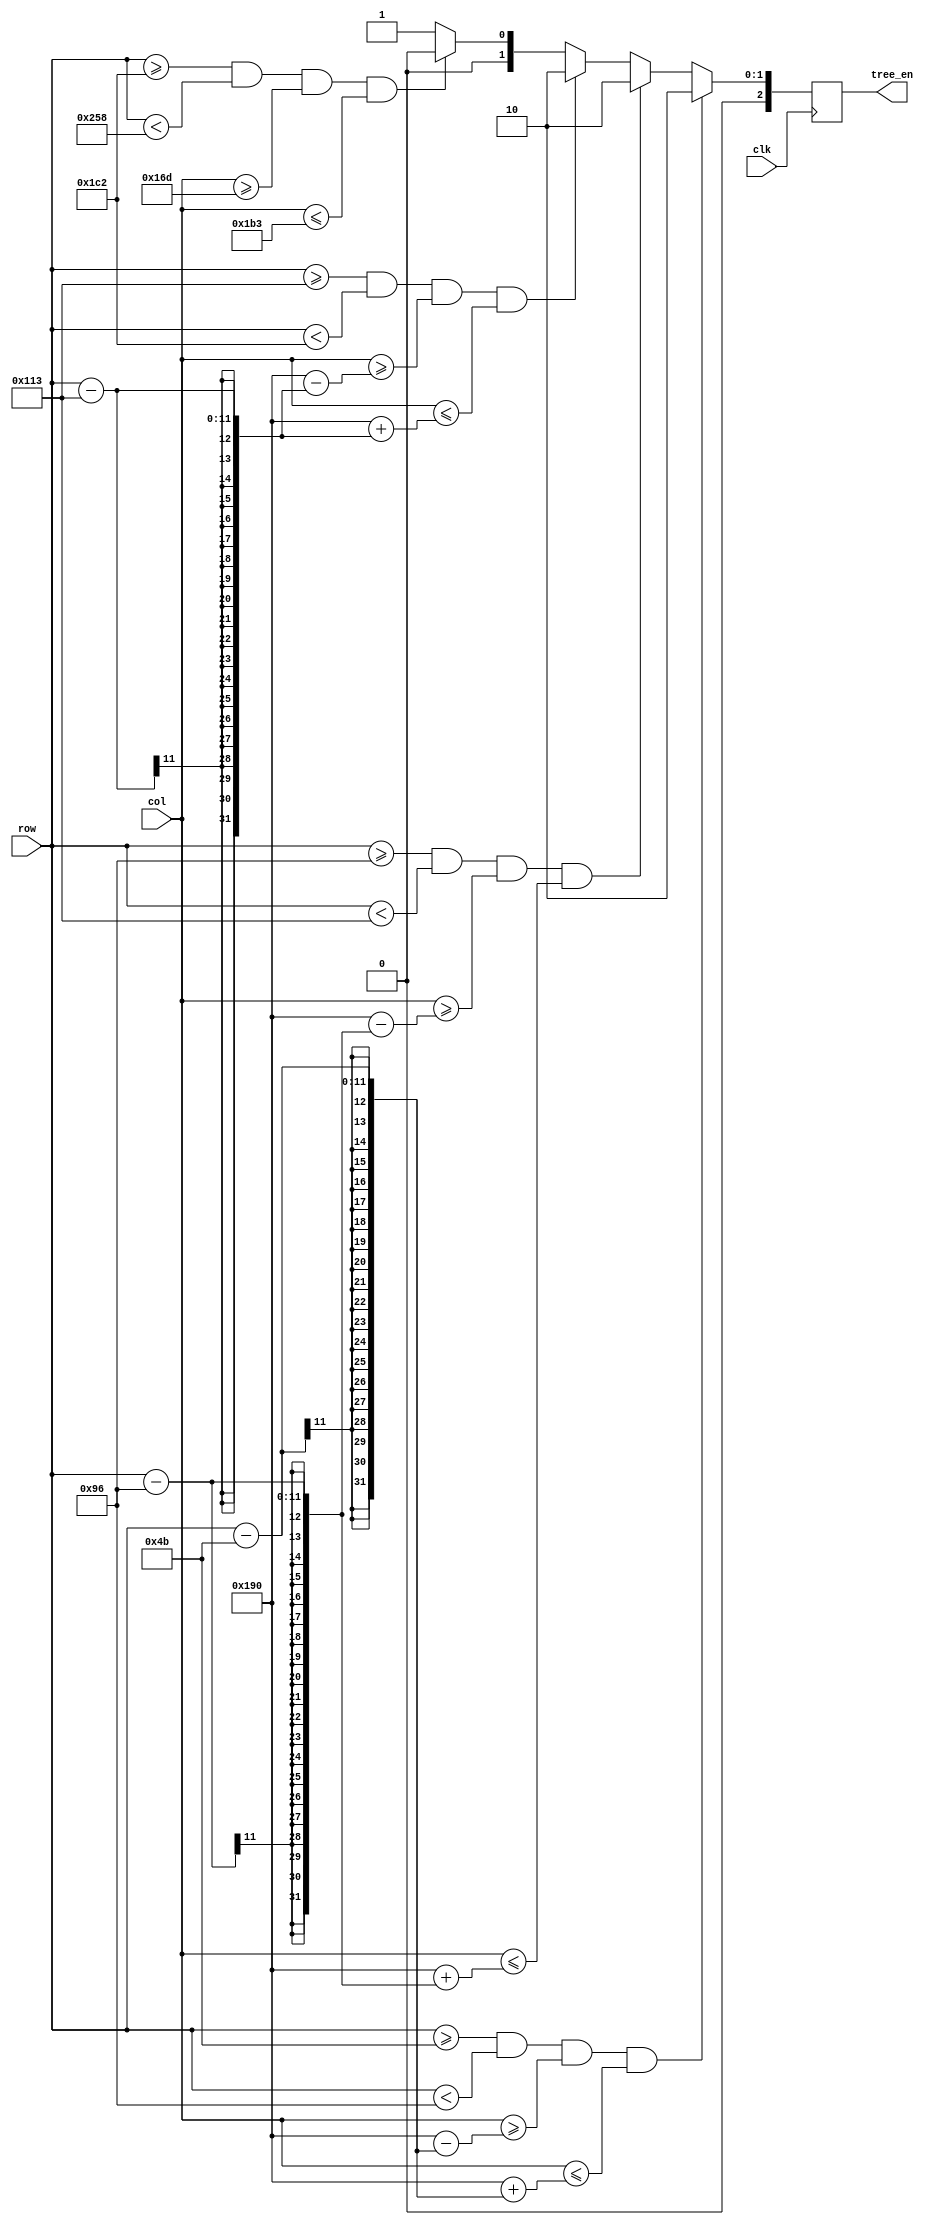
`timescale 1ns / 1ps
//////////////////////////////////////////////////////////////////////////////////
// Company: 
// Engineer: 
// 
// Design Name: 
// Module Name:    TREE 
// Project Name: 
// Target Devices: 
// Tool versions: 
// Description: 
//
// Dependencies: 
//
// Revision: 
// Revision 0.01 - File Created
// Additional Comments: 
//
//////////////////////////////////////////////////////////////////////////////////
module TREE(
	clk,
	col,
	row,
	tree_en
);

input clk;
input [10:0] col,row;
output reg [2:0] tree_en;
//output tree_en;

reg flag;
//assign tree_en=flag;


always@(posedge clk) begin
		if( row >=75 & row < 150 & col >= 400-(row-75) & col <= 400+(row-75) ) tree_en <= 3'b010;//green
        else if( row >=150 & row < 275 & col >= 400-(row-150) & col <= 400+(row-150) ) tree_en <= 3'b010;//green
        else if( row >=275 & row < 450 & col >= 400-(row-275) & col <= 400+(row-275) ) tree_en <= 3'b010;//green
        else if ( row >=450 & row < 600 & col >= 365 & col <= 435 ) tree_en <= 3'b000;//black
        else tree_en<=3'b001;//blue
end
/*
always@(posedge clk) begin
	if( row >=75 & row < 150 & col >= 400-(row-75) & col <= 400+(row-75) ) flag<=1;
	else if( row >=150 & row < 275 & col >= 400-(row-150) & col <= 400+(row-150) ) flag<=1;
	else if( row >=275 & row < 450 & col >= 400-(row-275) & col <= 400+(row-275) ) flag<=1;
	else if ( row >=450 & row < 600 & col >= 365 & col <= 435 ) flag<=1;
	else flag<=0;//blue
end
*/

endmodule